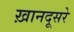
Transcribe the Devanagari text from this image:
ख़ानदूसरे